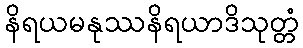
နိရယမနုဿနိရယာဒိသုတ္တံ